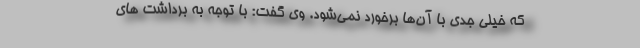
که خیلی جدی با آن‌ها برخورد نمی‌شود. وی گفت: با توجه به برداشت های